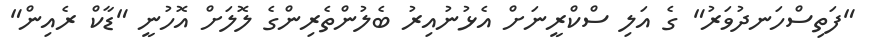
"ފަތިސްހަނދުވަރު" ގެ އަލި ސްކްރީނަށް އެޅުނުއިރު ބެލުންތެރިންގެ ލޮލަށް އޮހުނީ "ޑާކް ރެއިން"